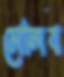
মেলিব